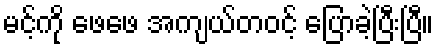
မင့်ကို ဖေဖေ အကျယ်တဝင့် ပြောခဲ့ပြီးပြီ။